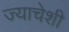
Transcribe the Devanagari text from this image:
ज्याचेशी